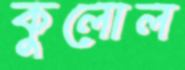
কুলোল